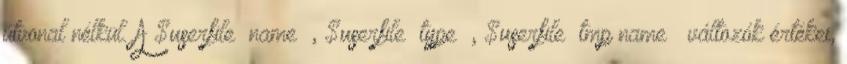
útvonal nélkül. A $userfile “name” , $userfile “type” , $userfile “tmp name” változók értékei,